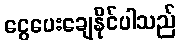
ငွေပေးချေနိုင်ပါသည်